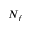
N _ { f }